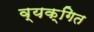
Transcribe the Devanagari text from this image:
व्यक्गित